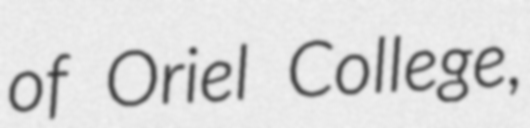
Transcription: of Oriel College,